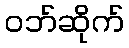
ဝဘ်ဆိုက်